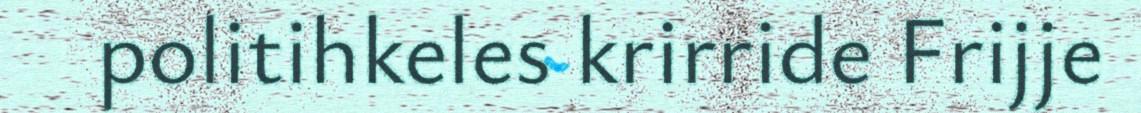
politihkeles krirride Frijje